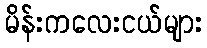
မိန်းကလေးငယ်များ